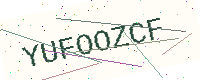
Text: YUFOOZCF